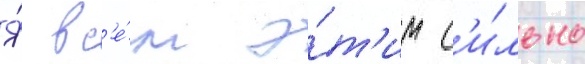
Я́ вс'е́м э́т'им с'и́льно